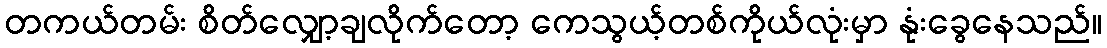
တကယ်တမ်း စိတ်လျှော့ချလိုက်တော့ ကေသွယ့်တစ်ကိုယ်လုံးမှာ နုံးခွေနေသည်။